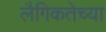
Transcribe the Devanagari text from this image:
लैगिकतेच्या